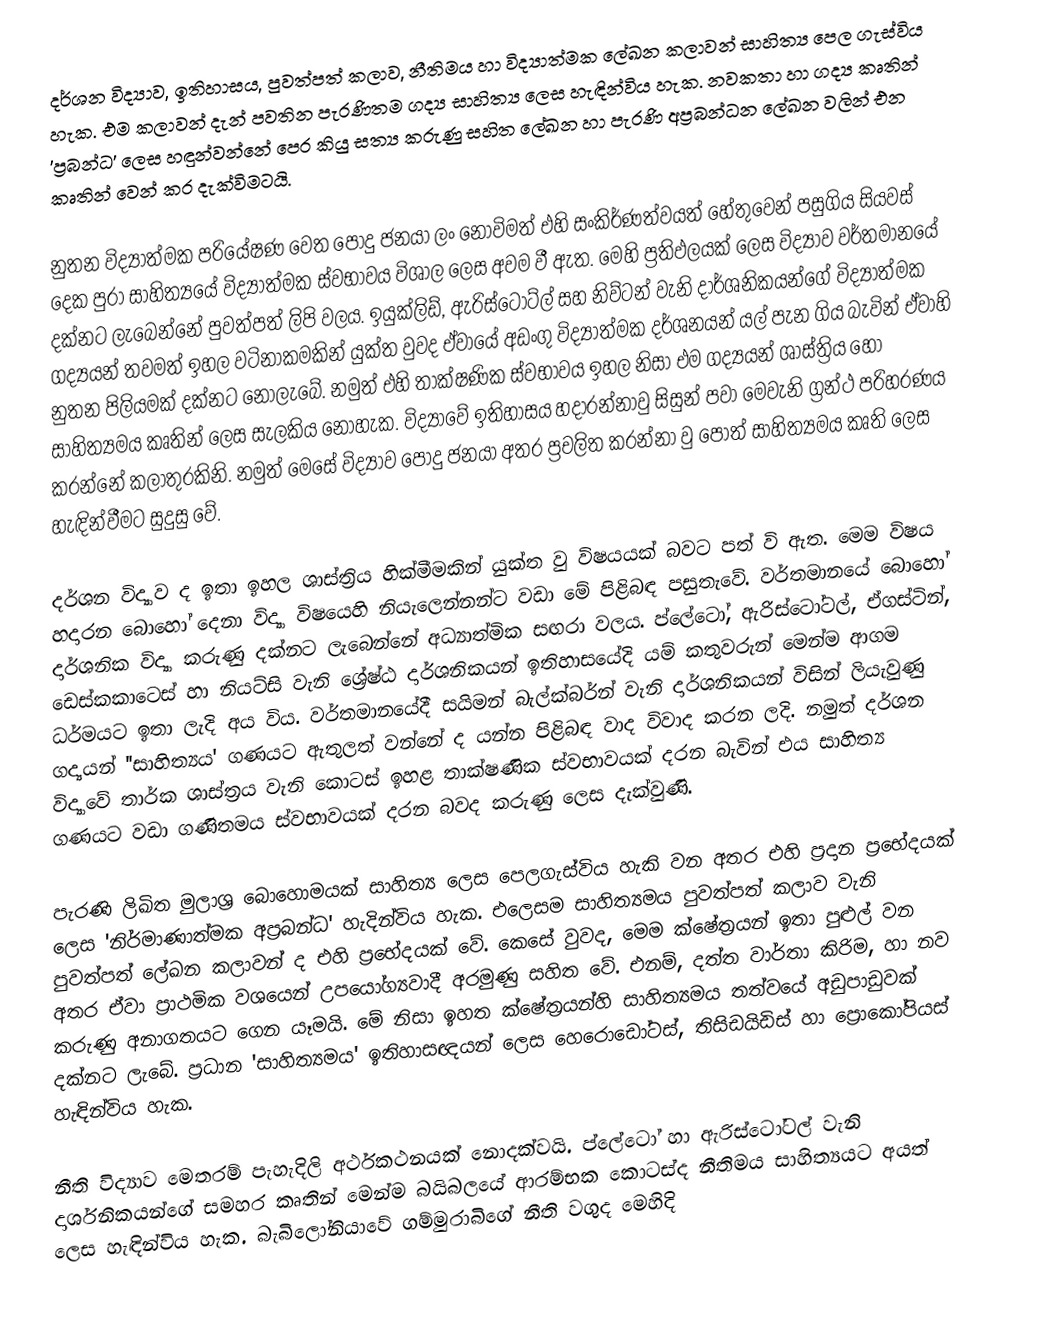
දර්ශන විද්‍යාව, ඉතිහාසය, පුවත්පත් කලාව, නීතිමය හා විද්‍යාත්මක ලේඛන කලාවන් සාහිත්‍ය පෙල ගැස්විය හැක. එම කලාවන් දැන් පවතින පැරණිතම ගද්‍ය සාහිත්‍ය ලෙස හැඳින්විය හැක. නවකතා හා ගද්‍ය කෘතින් 'ප්‍රබන්ධ' ලෙස හඳුන්වන්නේ පෙර කියු සත්‍ය කරුණු සහිත ලේඛන හා පැරණි අප්‍රබන්ධන ලේඛන වලින් එන කෘතින් වෙන් කර දැක්විමටයි.

	නුතන විද්‍යාත්මක පරියේෂණ වෙත පොදු ජනයා ලං නොවිමත් එහි සංකිර්ණත්වයත් හේතුවෙන් පසුගිය සියවස් දෙක පුරා සාහිත්‍යයේ විද්‍යාත්මක ස්වභාවය විශාල ලෙස අවම වී ඇත. මෙහි ප්‍රතිඵලයක් ලෙස විද්‍යාව වර්තමානයේ දක්නට ලැබෙන්නේ පුවත්පත් ලිපි වලය. ඉයුක්ලිඩ්, ඇරිස්ටොට්ල් සහ නිව්ටන් වැනි දාර්ශනිකයන්ගේ විද්‍යාත්මක ගද්‍යයන් තවමත් ඉහල වටිනාකමකින් යුක්ත වුවද ඒවායේ අඩංගු විද්‍යාත්මක දර්ශනයන් යල් පැන ගිය බැවින් ඒවාහි නුතන පිලියමක් දක්නට නොලැබේ. නමුත් එහි තාක්ෂණික ස්වභාවය ඉහල නිසා එම ගද්‍යයන් ශාස්ත්‍රිය හෝ සාහිත්‍යමය කෘතින් ලෙස සැලකිය නොහැක. විද්‍යාවේ ඉතිහාසය හදාරන්නාවු සිසුන් පවා මෙවැනි ග්‍රන්ථ පරිහරණය කරන්නේ කලාතුරකිනි. නමුත් මෙසේ විද්‍යාව පොදු ජනයා අතර ප්‍රචලිත කරන්නා වු පොත් සාහිත්‍යමය කෘති ලෙස හැඳින්වීමට සුදුසු වේ.

	දර්ශන විද්‍යාව ද ඉතා ඉහල ශාස්ත්‍රිය හික්මීමකින් යුක්ත වු විෂයයක් බවට පත් වි ඇත. මෙම විෂය හදාරන බොහෝ දෙනා විද්‍යා විෂයෙහි නියැලෙන්නන්ට වඩා මේ පිළිබඳ පසුතැවේ. වර්තමානයේ බොහෝ දාර්ශනික විද්‍යා කරුණු දක්නට ලැබෙන්නේ අධ්‍යාත්මික සඟරා වලය. ප්ලේටෝ, ඇරිස්ටෝටල්, ඒගස්ටින්, ඩෙස්කකාටෙස් හා නියට්සි වැනි ශ්‍රේෂ්ඨ දාර්ශනිකයන් ඉතිහාසයේදි යම් කතුවරුන් මෙන්ම ආගම ධර්මයට ඉතා ලැදි අය විය. වර්තමානයේදී සයිමන් බැල්ක්බර්න් වැනි දාර්ශනිකයන් විසින් ලියැවුණු ගද්‍යයන් ''සාහිත්‍යය' ගණයට ඇතුලත් වන්නේ ද යන්න පිළිබඳ වාද විවාද කරන ලදි. නමුත් දර්ශන විද්‍යාවේ තාර්ක ශාස්ත්‍රය වැනි කොටස් ඉහළ තාක්ෂණික ස්වභාවයක් දරන බැවින් එය සාහිත්‍ය ගණයට වඩා ගණිතමය ස්වභාවයක් දරන බවද කරුණු ලෙස දැක්වුණි.

	පැරණි ලිඛිත මුලාශ්‍ර බොහොමයක් සාහිත්‍ය ලෙස පෙලගැස්විය හැකි වන අතර එහි ප්‍රදාන ප්‍රභේදයක් ලෙස 'නිර්මාණාත්මක අප්‍රබන්ධ' හැදින්විය හැක. එලෙසම සාහිත්‍යමය පුවත්පත් කලාව වැනි පුවත්පත් ලේඛන කලාවන් ද එහි ප්‍රභේදයක් වේ. කෙසේ වුවද, මෙම ක්ෂේත්‍රයන් ඉතා පුළුල් වන අතර ඒවා ප්‍රාථමික වශයෙන් උපයෝග්‍යවාදී අරමුණු සහිත වේ. එනම්, දත්ත වාර්තා කිරිම, හා නව කරුණු අනාගතයට ගෙන යෑමයි. මේ නිසා ඉහත ක්ෂේත්‍රයන්හි සාහිත්‍යමය තත්වයේ අඩුපාඩුවක් දක්නට ලැබේ. ප්‍රධාන 'සාහිත්‍යමය' ඉතිහාසඥයන් ලෙස හෙරොඩෝටස්, තිසිඩයිඩිස් හා ප්‍රොකෝපියස් හැඳින්විය හැක.

	නීති විද්‍යාව මෙතරම් පැහැදිලි අර්ථකථනයක් නොදක්වයි. ප්ලේටෝ හා ඇරිස්ටෝටල් වැනි දාර්ශනිකයන්ගේ සමහර කෘතින් මෙන්ම බයිබලයේ ආරම්භක කොටස්ද නීතිමය සාහිත්‍යයට අයත් ලෙස හැඳින්විය හැක. බැබිලෝනියාවේ ගම්මුරාබිගේ නීති වගුද මෙහිදි